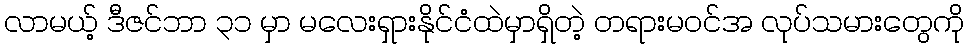
လာမယ့် ဒီဇင်ဘာ ၃၁ မှာ မလေးရှားနိုင်ငံထဲမှာရှိတဲ့ တရားမဝင်အ လုပ်သမားတွေကို